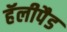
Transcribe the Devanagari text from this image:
हॅलीपैड